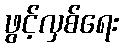
ဖွင့်လှစ်ရေး